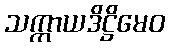
သက္ကာယဒိဋ္ဌိမေဝ